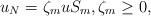
LaTeX: \begin{align*}u_N = \zeta_m u S_m, \zeta_m \geq 0,\end{align*}